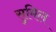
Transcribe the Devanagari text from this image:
सुमिल